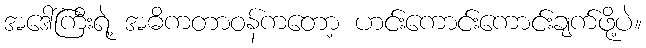
အဒေါ်ကြီးရဲ့ အဓိကတာဝန်ကတော့ ဟင်းကောင်းကောင်းချက်ဖို့ပဲ။